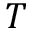
T